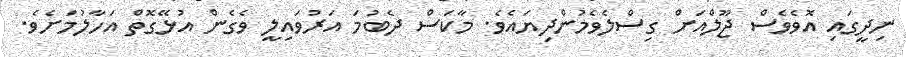
ނިދީގައި އޮވެވެސް ޖޫލްއަށް ގިސްލެވެމުންދިޔައެވެ. މާކަސް ދެބުމަ އަރުވައިލީ ވެގެން އުޅޭގޮތް އަހާލުމަށެވެ.